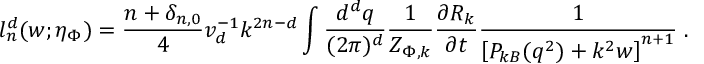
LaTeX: l _ { n } ^ { d } ( w ; \eta _ { \Phi } ) = \frac { n + \delta _ { n , 0 } } { 4 } v _ { d } ^ { - 1 } k ^ { 2 n - d } \int \frac { d ^ { d } q } { ( 2 \pi ) ^ { d } } \frac { 1 } { Z _ { \Phi , k } } \frac { \partial R _ { k } } { \partial t } \frac { 1 } { \left[ P _ { k B } ( q ^ { 2 } ) + k ^ { 2 } w \right] ^ { n + 1 } } \; .